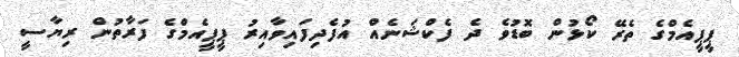
ޕީޕީއެމްގެ ތެރޭ ކޯޅުން ބޮޑުވެ ދެ ފެކްޝަނެއް އުފެދިފައިވާއިރު ޕީޕީއެމްގެ ފަރާތުން ރިޔާސީ